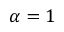
\alpha \stackrel { } { = } 1